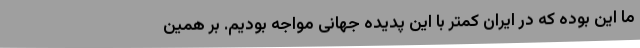
ما این بوده که در ایران کمتر با این پدیده جهانی مواجه بودیم. بر همین